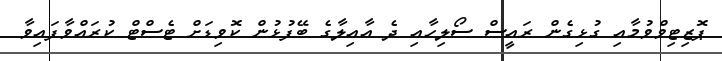
ޕޮޒިޓިވްވުމާއި ގުޅިގެން ރައީސް ސޯލިހާއި ދެ އާއިލާގެ ބޭފުޅުން ކޮވިޑަށް ޓެސްޓް ކުރައްވާފައިވާ